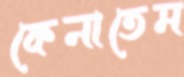
কেনাতেম